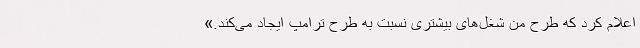
اعلام کرد که طرح من شغل‌های بیشتری نسبت به طرح ترامپ ایجاد می‌کند.»